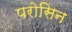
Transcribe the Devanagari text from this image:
परोसिन